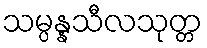
သမ္ပန္နသီလသုတ္တ